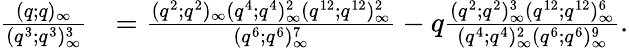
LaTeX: \begin{array}{rl}{\frac{(q;q)_{\infty}}{(q^{3};q^{3})_{\infty}^{3}}}&{=\frac{(q^{2};q^{2})_{\infty}(q^{4};q^{4})_{\infty}^{2}(q^{12};q^{12})_{\infty}^{2}}{(q^{6};q^{6})_{\infty}^{7}}-q\frac{(q^{2};q^{2})_{\infty}^{3}(q^{12};q^{12})_{\infty}^{6}}{(q^{4};q^{4})_{\infty}^{2}(q^{6};q^{6})_{\infty}^{9}}.}\end{array}